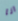
انا